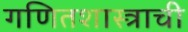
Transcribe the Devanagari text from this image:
गणितशास्त्राची